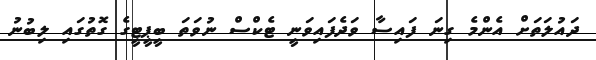
ދައުލަތަށް އެންމެ ގިނަ ފައިސާ ވަދެފައިވަނީ ޓެކްސް ނުވަތަ ބީޕީޓީގެ ގޮތުގައި ލިބުނު